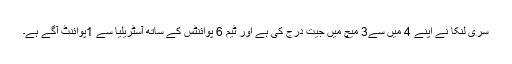
سری لنکا نے اپنے 4 میں سے3 میچ میں جیت درج کی ہے اور ٹیم 6 پوائنٹس کے ساتھ آسٹریلیا سے 1پوائنٹ آگے ہے۔